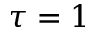
\tau = 1